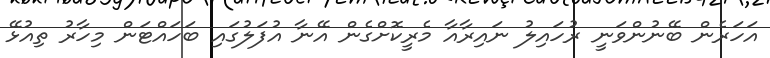
އަހަރެން ބޭނުންވަނީ ރުހައިލު ނައިރާއާ މެރީކޮށްގެން އޭނާ އުފަލުގައި ބަހައްޓަން މިހާރު ތިއުޅޭ